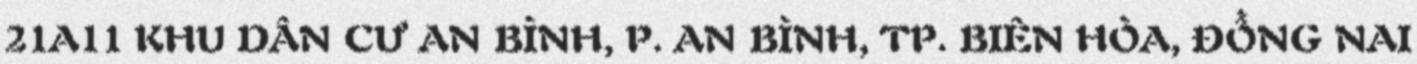
21A11 KHU DÂN CƯ AN BÌNH, P. AN BÌNH, TP. BIÊN HÒA, ĐỒNG NAI